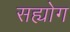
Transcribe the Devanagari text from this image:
सह्योग